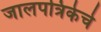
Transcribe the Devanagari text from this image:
जालपत्रिकेचे